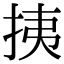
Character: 挗